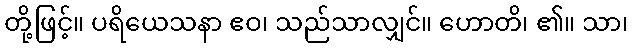
တို့ဖြင့်။ ပရိယေသနာ ဧဝ၊ သည်သာလျှင်။ ဟောတိ၊ ၏။ သာ၊